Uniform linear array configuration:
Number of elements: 4
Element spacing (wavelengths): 0.25
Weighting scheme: binomial
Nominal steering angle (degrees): -30
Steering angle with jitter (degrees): -28.565
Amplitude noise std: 0.05
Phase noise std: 0.05

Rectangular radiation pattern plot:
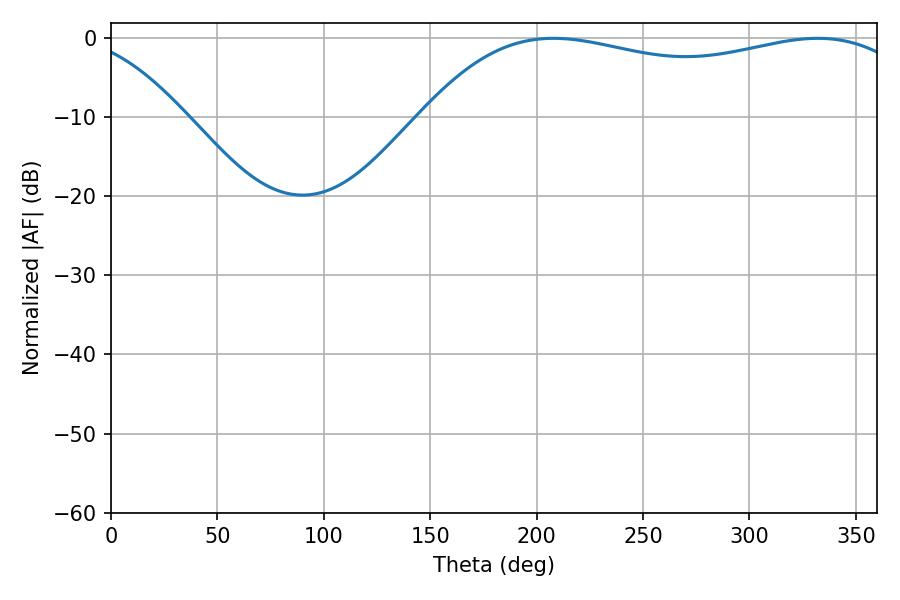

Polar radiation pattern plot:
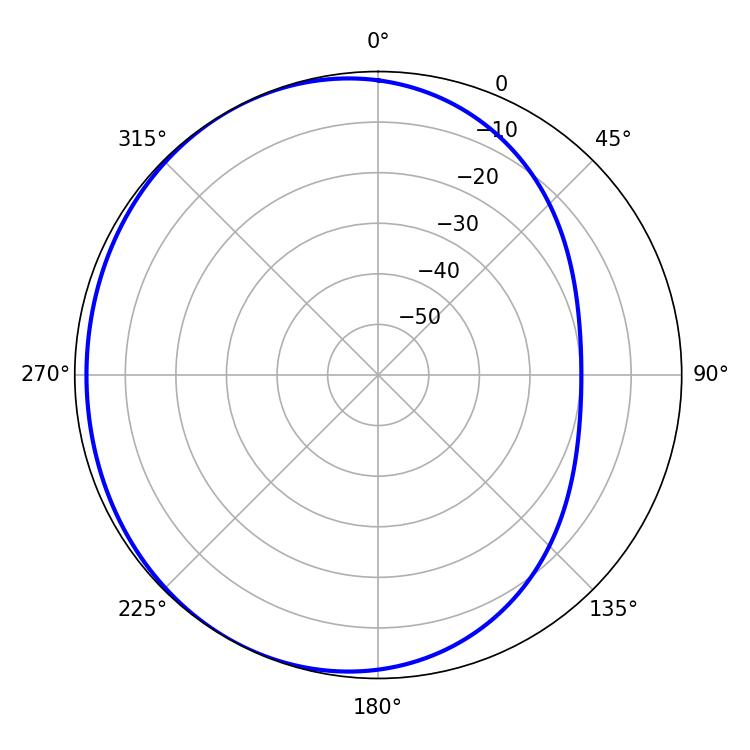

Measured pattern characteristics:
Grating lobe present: FALSE
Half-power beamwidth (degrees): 188.1
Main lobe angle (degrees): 207.9